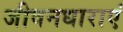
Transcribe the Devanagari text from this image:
जीवनधाराएं